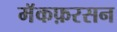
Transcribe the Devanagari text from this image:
मॅकफ़रसन